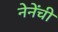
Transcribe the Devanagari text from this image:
नेनेंची